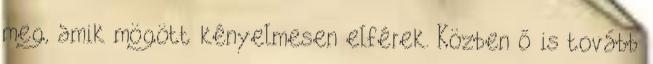
meg, amik mögött kényelmesen elférek. Közben ő is tovább